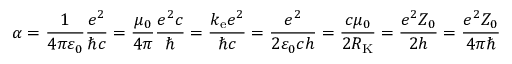
\alpha = { \frac { 1 } { 4 \pi \varepsilon _ { 0 } } } { \frac { e ^ { 2 } } { \hbar c } } = { \frac { \mu _ { 0 } } { 4 \pi } } { \frac { e ^ { 2 } c } { \hbar } } = { \frac { k _ { \mathrm { e } } e ^ { 2 } } { \hbar c } } = { \frac { e ^ { 2 } } { 2 \varepsilon _ { 0 } c h } } = { \frac { c \mu _ { 0 } } { 2 R _ { \mathrm { K } } } } = { \frac { e ^ { 2 } Z _ { 0 } } { 2 h } } = { \frac { e ^ { 2 } Z _ { 0 } } { 4 \pi \hbar } }